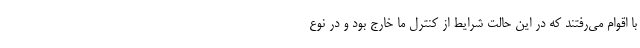
با اقوام می‌رفتند که در این حالت شرایط از کنترل ما خارج بود و در نوع